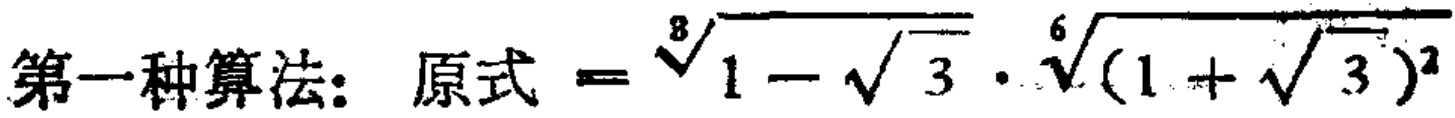
第一种算法：原式 = \(\sqrt[8]{1 - \sqrt{3}} \cdot \sqrt[6]{(1 + \sqrt{3})^2}\)